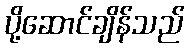
ပို့ဆောင်ချိန်သည်